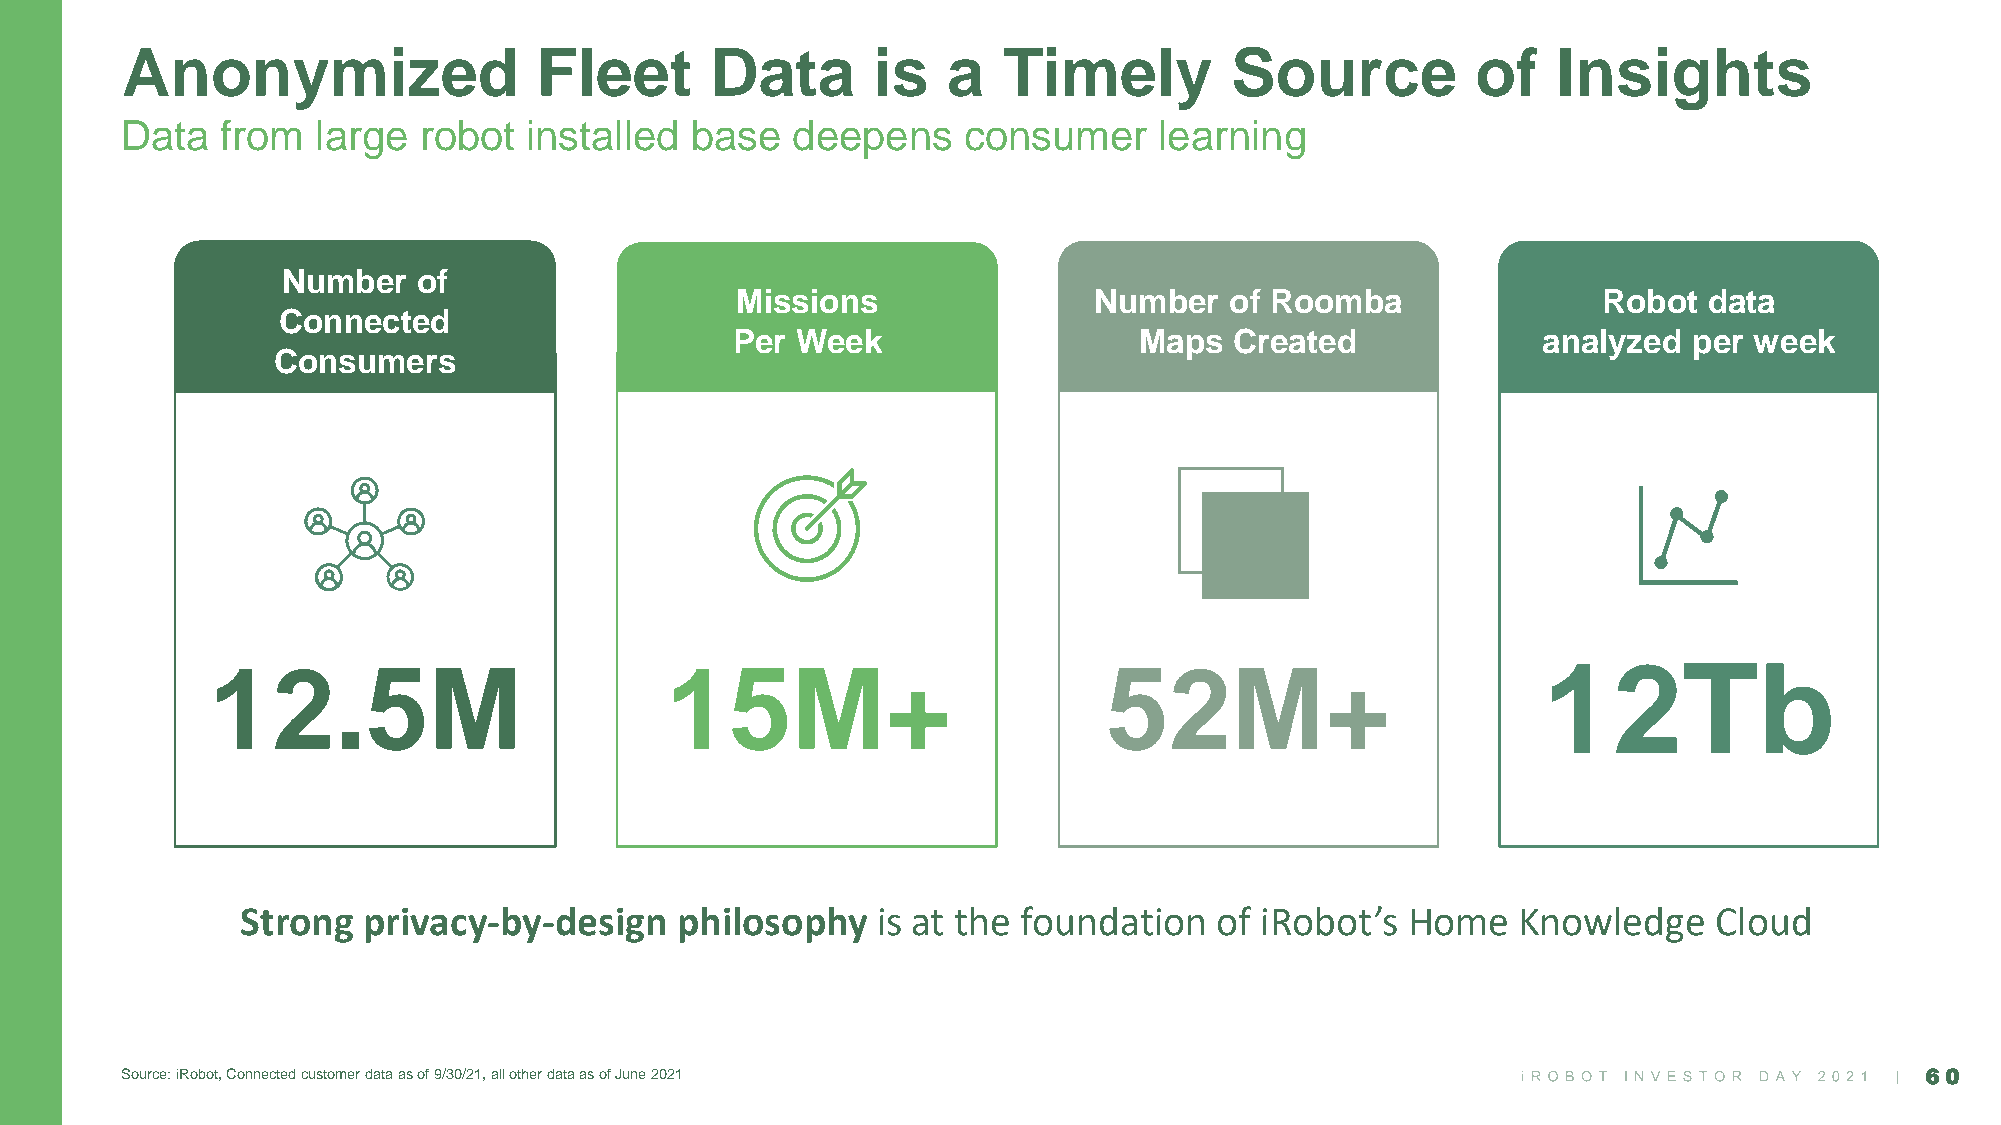
Anonymized                 Fleet       Data       is   a  Timely         Source           of   Insights
 Data   from  large  robot  installed  base  deepens     consumer     learning
 Number   of
 Missions               Number   of Roomba                Robot  data
 Connected
 Per  Week                  Maps   Created             analyzed  per week
 Consumers
 12.5M                         15M+                         52M+                         12Tb
 Strong  privacy-by-design    philosophy   is at the foundation   of iRobot’s Home    Knowledge    Cloud
 Source: iRobot, Connected customer data as of 9/30/21, all other data as of June 2021                                  60